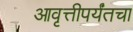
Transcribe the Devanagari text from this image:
आवृत्तीपर्यंतचा